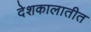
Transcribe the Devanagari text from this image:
देशकालातीत